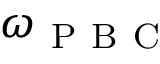
\omega _ { \mathrm { ~ P ~ B ~ C ~ } }